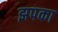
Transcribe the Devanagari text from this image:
झपका